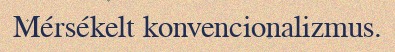
Mérsékelt konvencionalizmus.